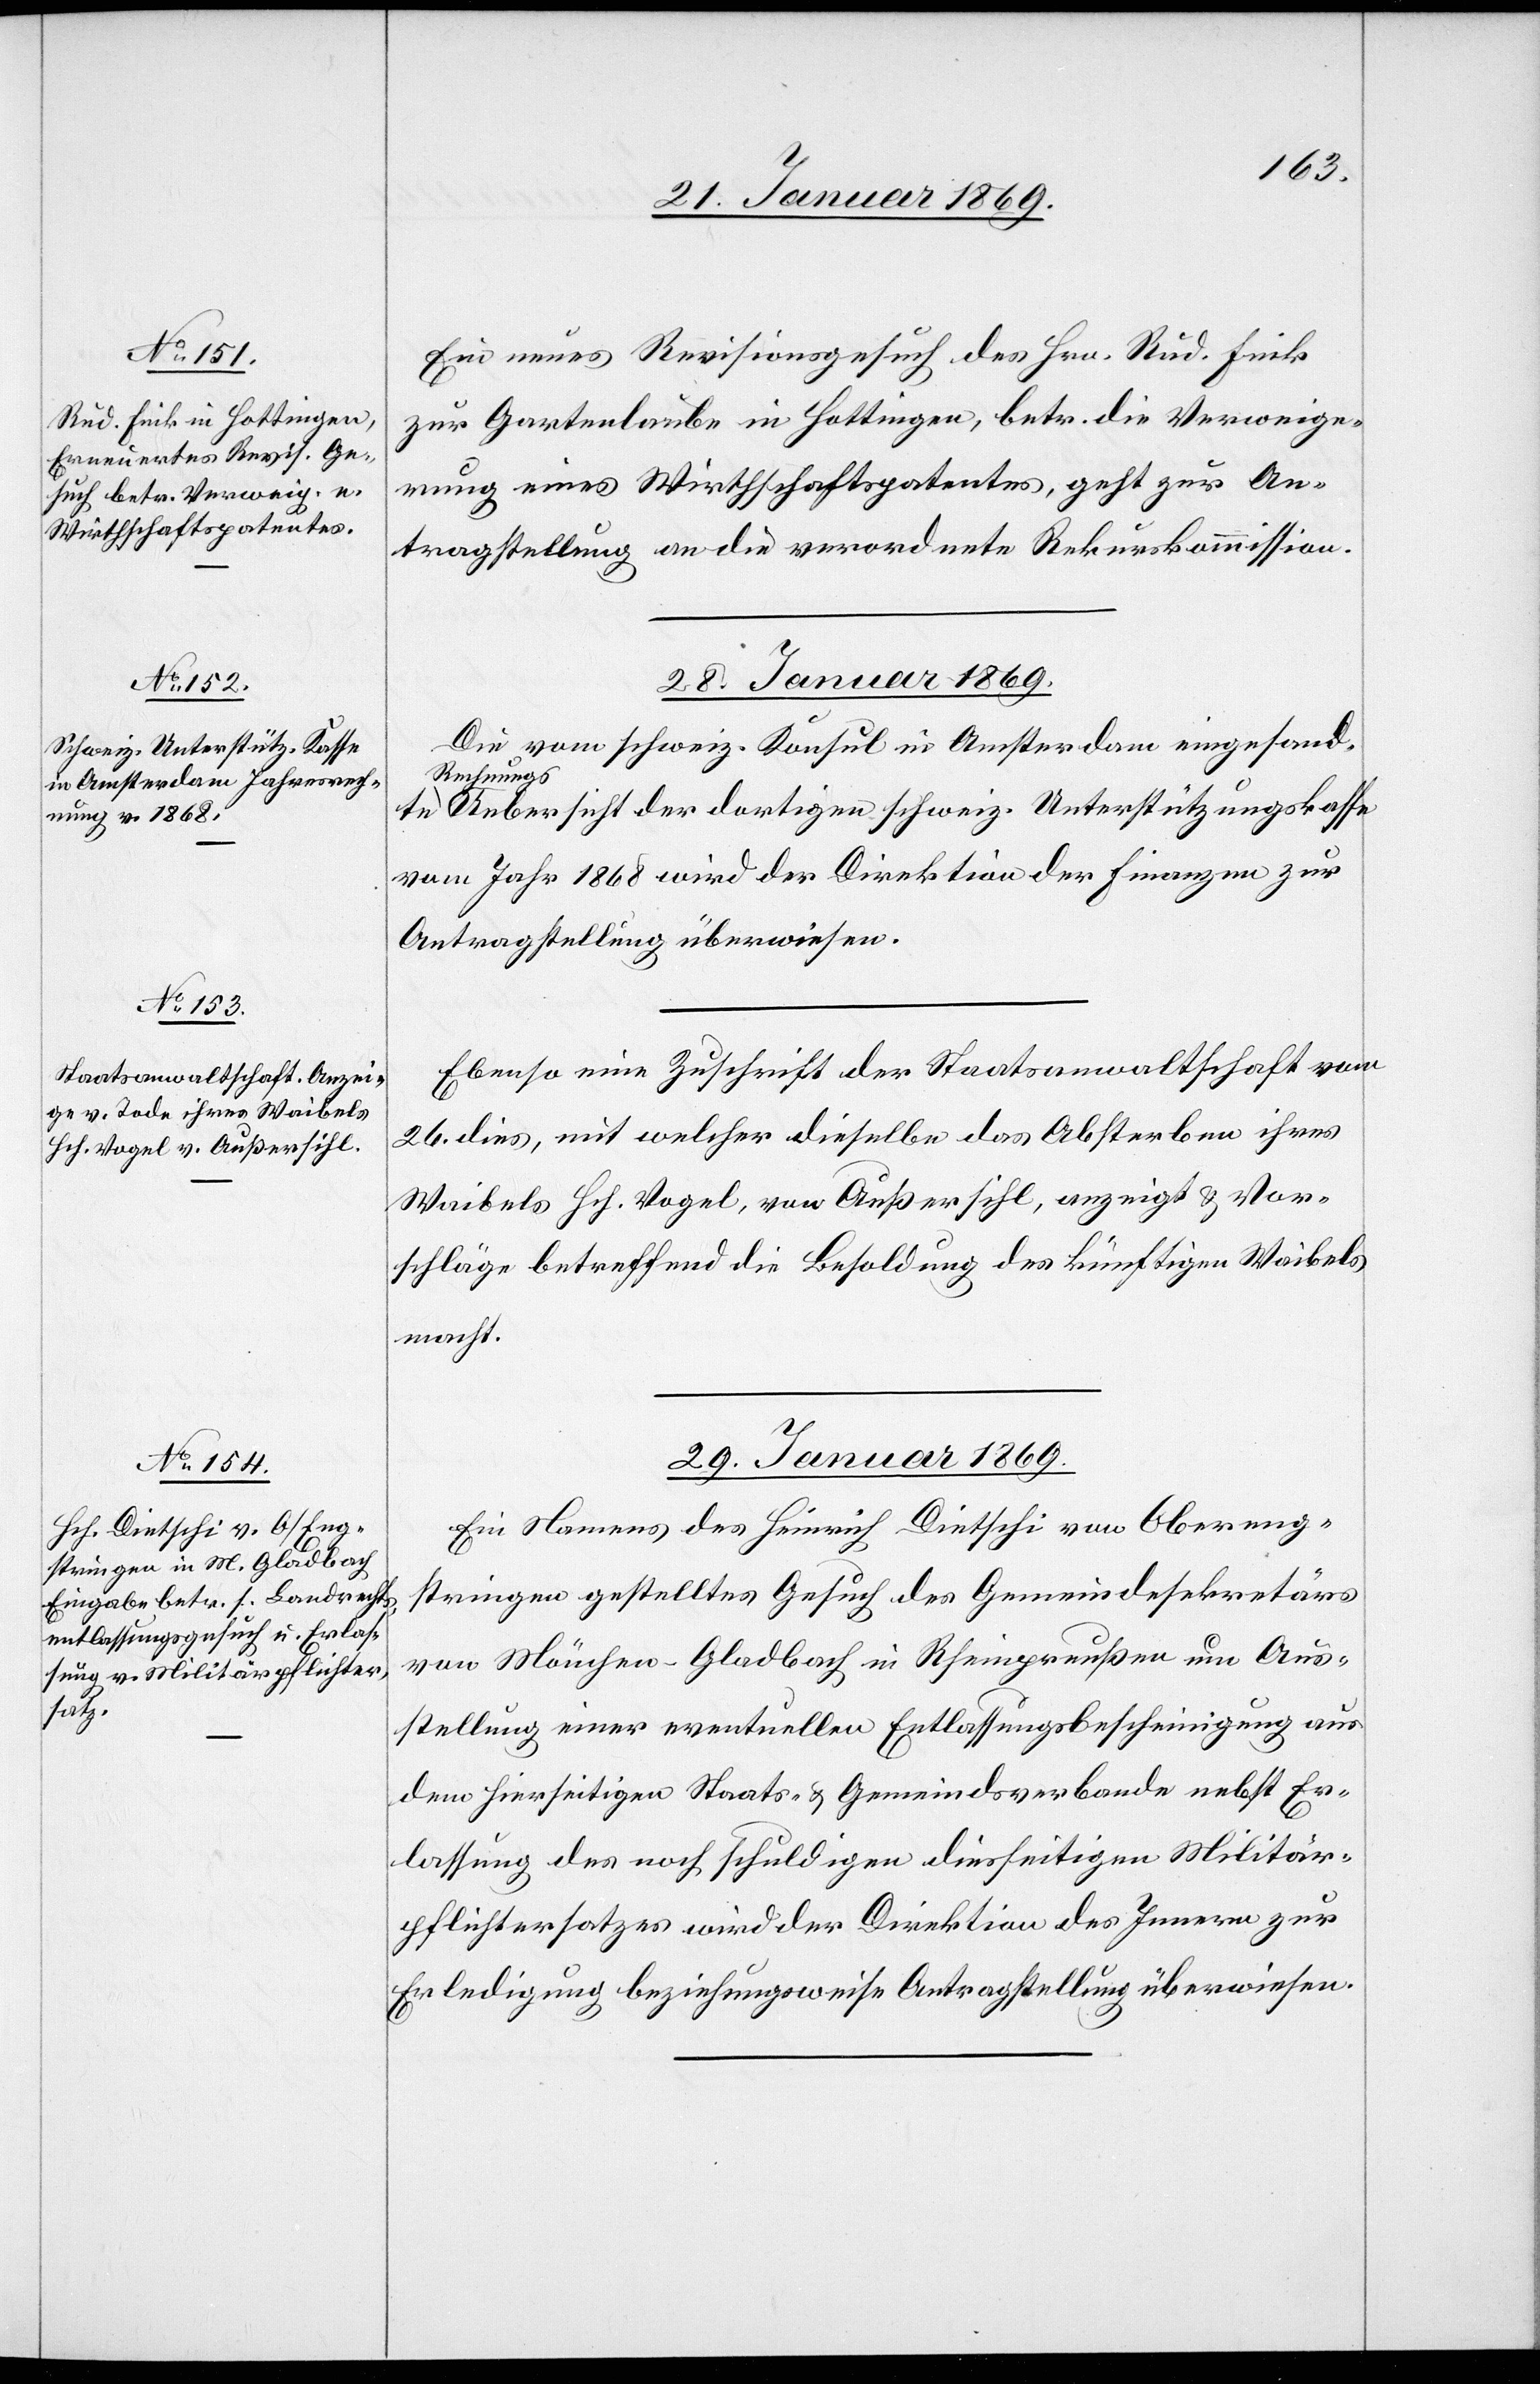
27. Januar 1869.]
Ein neues Revisionsgesuch des Hrn. Rud. Frick
zur Gartenlaube in Hottingen, betr. die Verweige¬
rung eines Wirthschaftspatentes, geht zur An¬
tragstellung an die verordnete Rekurskommission.
28. Januar 1869.]
Die vom schweiz. Konsul in Amsterdam eingesandte
Rechnung¬
s-Uebersicht der dortigen schweiz. Unterstützungskasse
vom Jahr 1868 wird der Direktion der Finanzen zur
Antragstellung überwiesen.
Ebenso eine Zuschrift der Staatsanwaltschaft vom
26. dies, mit welcher dieselbe das Absterben ihres
Waibels Hch. Vogel, von Außersihl, anzeigt & Vor¬
schläge betreffend Besoldung des künftigen Waibels
macht.
29. Januar 1869.
Ein Namens des Heinrich Dietschi von Obereng¬
stringen gestelltes Gesuch des Gemeindssekretärs
von Mönchen-Gladbach in Rheinpreußen um Aus¬
stellung einer eventuellen Entlassungsbescheinigung aus
dem hierseitigen Staats- & Gemeindsverbande nebst Er¬
lassung des noch schuldigen diesseitigen Militär¬
pflichtersatzes wird der Direktion des Innern zur
Erledigung beziehungsweise Antragstellung überwiesen.